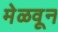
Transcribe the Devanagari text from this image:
मेळवून